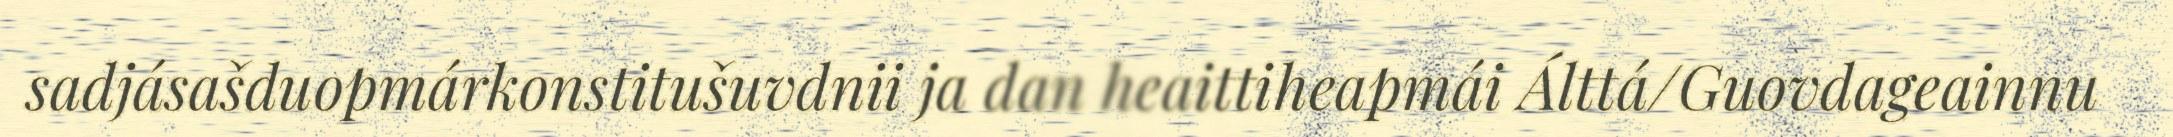
sadjásašduopmárkonstitušuvdnii ja dan heaittiheapmái Álttá/Guovdageainnu